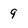
Character: 9